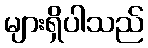
များရှိပါသည်